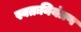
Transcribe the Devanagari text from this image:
स्वतःनियंत्रण